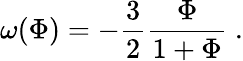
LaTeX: \omega(\Phi)=-{\frac{3}{2}}{\frac{\Phi}{1+\Phi}}\ .